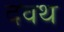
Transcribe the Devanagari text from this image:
दवथ